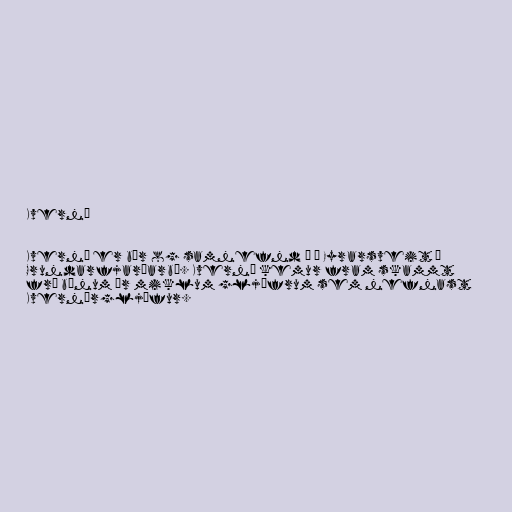
Kverná

Kverná er bær og samnefnd á í Eyrarsveit í
Grundarfjarðarbæ. Kverná kemur fram skammt
frá bænum úr miklum gljúfrum sem nefnast
Kvernárgljúfur.